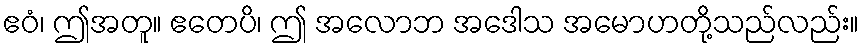
ဧဝံ၊ ဤအတူ။ ဧတေပိ၊ ဤ အလောဘ အဒေါသ အမောဟတို့သည်လည်း။